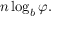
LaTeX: n \log _ { b } \varphi .